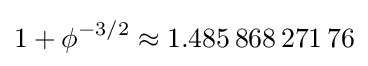
1+\phi ^{-3/2}\approx 1.485\,868\,271\,76